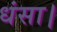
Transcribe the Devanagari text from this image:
धंसा।